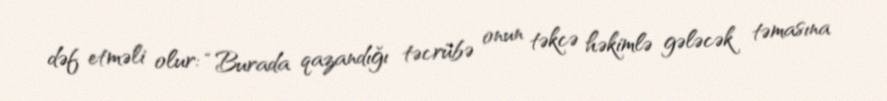
dəf etməli olur: “Burada qazandığı təcrübə onun təkcə həkimlə gələcək təmasına